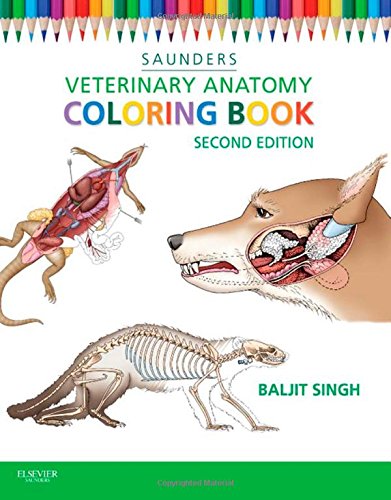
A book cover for Veterinary Anatomy Coloring Book, 2e; SAUNDERS; Medical Books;